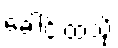
ခေါင်းထဲသို့